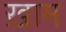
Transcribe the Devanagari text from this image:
ख़ाम